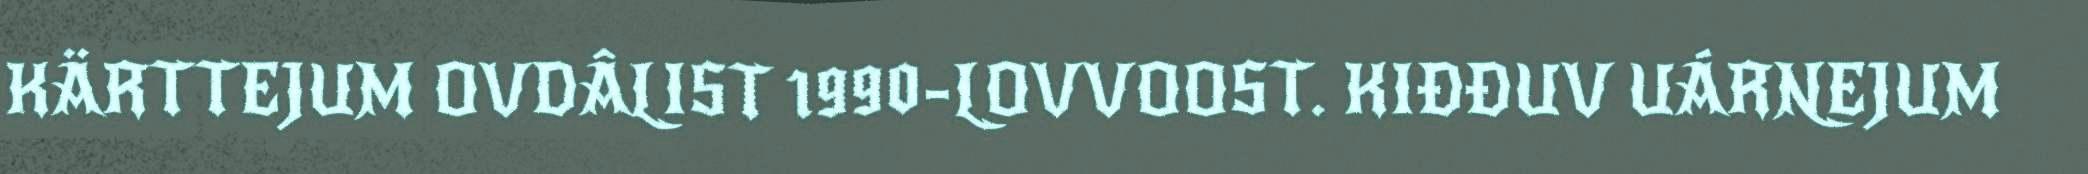
KÄRTTEJUM OVDÂLIST 1990-LOVVOOST. KIĐĐUV UÁRNEJUM